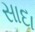
સાદા